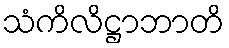
သံကိလိဋ္ဌာဘာတိ